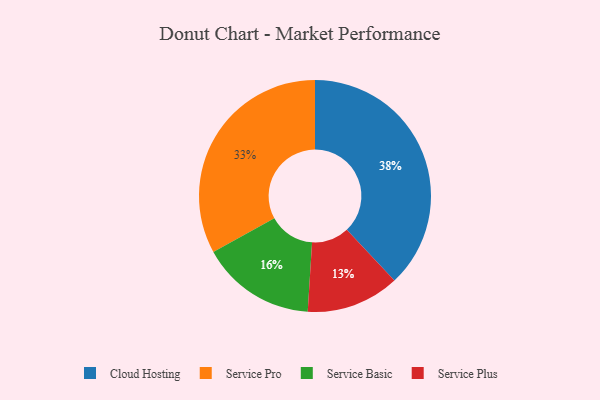
{"axis": {"x": "Category", "y": "Percentage"}, "legend": ["Cloud Hosting", "Service Basic", "Service Plus", "Service Pro"], "data": [{"x": "Service Plus", "y": 13, "type": "Service Plus"}, {"x": "Cloud Hosting", "y": 38, "type": "Cloud Hosting"}, {"x": "Service Pro", "y": 33, "type": "Service Pro"}, {"x": "Service Basic", "y": 16, "type": "Service Basic"}]}